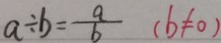
a \div b = \frac { a } { b } ( b \neq 0 )